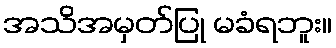
အသိအမှတ်ပြု မခံရဘူး။